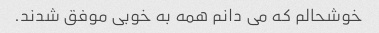
خوشحالم که می دانم همه به خوبی موفق شدند.